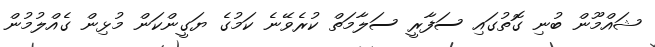
ޝައްމޫން ބުނި ގޮތުގައި ސަފާރީ ސަލާމަތް ކުރެވޭނެ ކަމުގެ ޔަގީންކަން މުޅިން ގެއްލުމުން